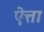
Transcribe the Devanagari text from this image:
ऐत्ता